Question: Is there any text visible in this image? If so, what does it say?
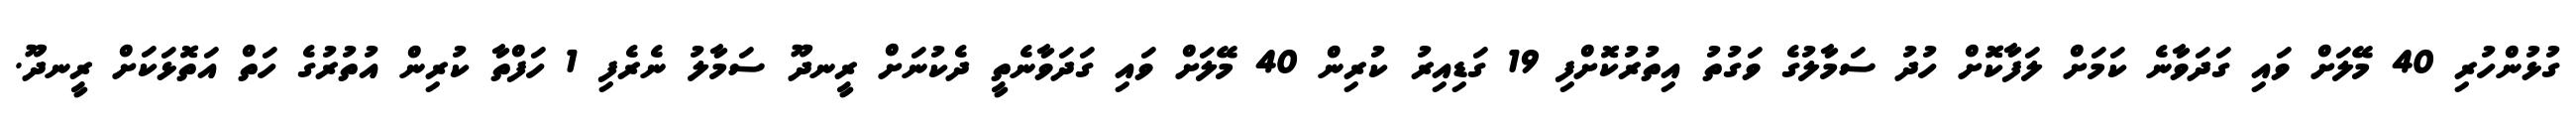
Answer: ގުޅުންހުރި 40 މޭލަށް ވައި ގަދަވާނެ ކަމަށް ލަފާކޮށް ހުދު ސަމާލުގެ ވަގުތު އިތުރުކޮށްފި 19 ގަޑިއިރު ކުރިން 40 މޭލަށް ވައި ގަދަވާނެތީ ދެކުނަށް ރީނދޫ ސަމާލު ނެރެފި 1 ހަފްތާ ކުރިން އުތުރުގެ ހަތް އަތޮޅަކަށް ރީނދޫ.